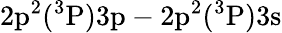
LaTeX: \mathrm{2p^{2}(^{3}P)3p-2p^{2}(^{3}P)3s}